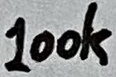
Text: 100k